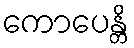
ကောပေန္တိ